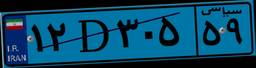
۹۱D۴۰۲۸۹